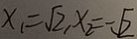
x _ { 1 } = \sqrt { 2 } , x _ { 2 } = \sqrt { 2 }